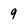
Character: 9